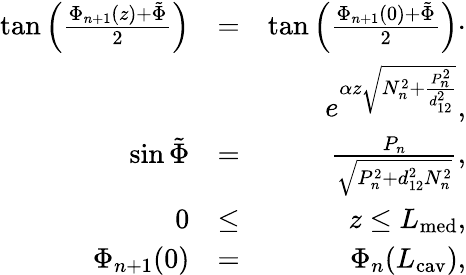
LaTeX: \begin{array}{rlr}{\tan\Big(\frac{\Phi_{n+1}(z)+\tilde{\Phi}}{2}\Big)}&{=}&{\tan\Big(\frac{\Phi_{n+1}(0)+\tilde{\Phi}}{2}\Big)\cdot}\\ &{}&{e^{\alpha z\sqrt{N_{n}^{2}+\frac{P_{n}^{2}}{d_{12}^{2}}}},}\\ {\sin\tilde{\Phi}}&{=}&{\frac{P_{n}}{\sqrt{P_{n}^{2}+d_{12}^{2}N_{n}^{2}}},}\\ {0}&{\le}&{z\le L_{\mathrm{med}},}\\ {\Phi_{n+1}(0)}&{=}&{\Phi_{n}(L_{\mathrm{cav}}),}\end{array}